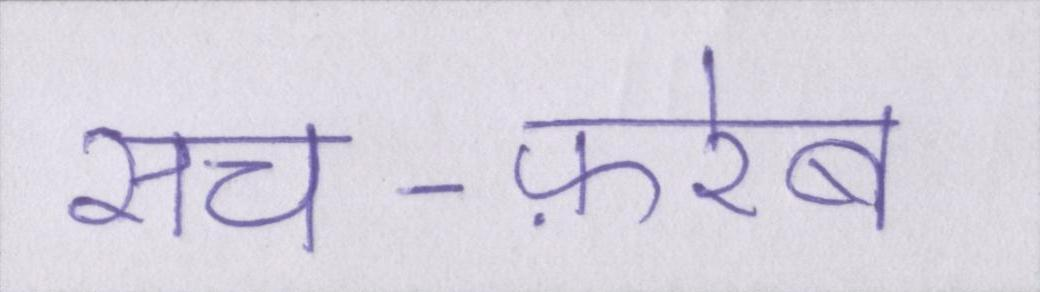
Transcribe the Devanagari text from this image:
सच-फ़रेब